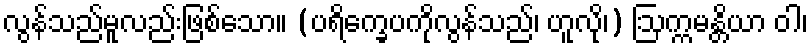
လွန်သည်မူလည်းဖြစ်သော။ (ပရိက္ခေပကိုလွန်သည်၊ ဟူလို၊) ဩက္ကမန္တိယာ ဝါ၊